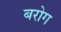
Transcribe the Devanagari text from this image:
बरोग